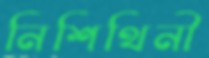
নিশিথিনী